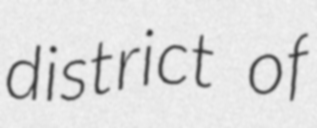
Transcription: district of